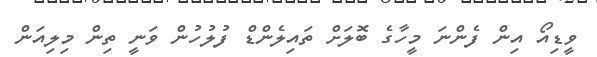
ވީޑިއޯ އިން ފެންނަ މީހާގެ ބޮލަށް ތައިލެންްޑް ފުލުހުން ވަނީ ތިން މިލިއަން